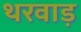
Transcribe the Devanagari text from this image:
थरवाड़